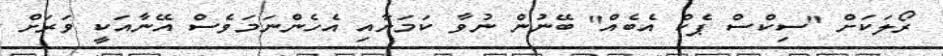
ރޯލަކަށް "ސިކްސް ޕެކް އެބެއް" ބޭނުން ނުވާ ކަމަށާއި އެހެންނަމަވެސް އޭނާއަކީ ވަރަށް